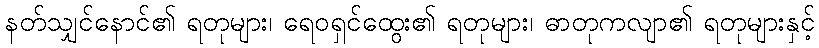
နတ်သျှင်နောင်၏ ရတုများ၊ ရေဝရှင်ထွေး၏ ရတုများ၊ ဓာတုကလျာ၏ ရတုများနှင့်